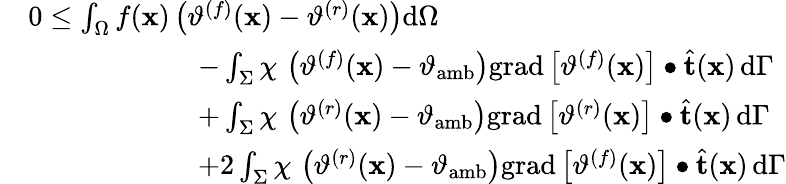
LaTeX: \begin{array}{rl}&{0\leq\int_{\Omega}f(\mathbf{x})\left(\vartheta^{(f)}(\mathbf{x})-\vartheta^{(r)}(\mathbf{x})\right)\mathrm{d}\Omega}\\ &{\qquad\qquad\qquad-\int_{\Sigma}\chi\, \left(\vartheta^{(f)}(\mathbf{x})-\vartheta_{\mathrm{amb}}\right)\mathrm{grad}\left[\vartheta^{(f)}(\mathbf{x})\right]\bullet\widehat{\mathbf{t}}(\mathbf{x})\, \mathrm{d}\Gamma}\\ &{\qquad\qquad\qquad+\int_{\Sigma}\chi\, \left(\vartheta^{(r)}(\mathbf{x})-\vartheta_{\mathrm{amb}}\right)\mathrm{grad}\left[\vartheta^{(r)}(\mathbf{x})\right]\bullet\widehat{\mathbf{t}}(\mathbf{x})\, \mathrm{d}\Gamma}\\ &{\qquad\qquad\qquad+2\int_{\Sigma}\chi\, \left(\vartheta^{(r)}(\mathbf{x})-\vartheta_{\mathrm{amb}}\right)\mathrm{grad}\left[\vartheta^{(f)}(\mathbf{x})\right]\bullet\widehat{\mathbf{t}}(\mathbf{x})\, \mathrm{d}\Gamma}\end{array}